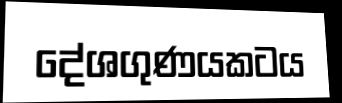
දේශගුණයකටය